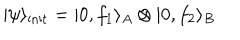
LaTeX: | \psi \rangle _ { \mathrm { i n i t } } = | 0 , f _ { 1 } \rangle _ { A } \otimes | 0 , f _ { 2 } \rangle _ { B }